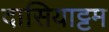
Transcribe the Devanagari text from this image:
दासियाट्टम